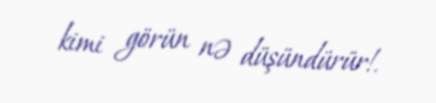
kimi görün nə düşündürür!.